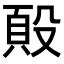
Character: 𭮷